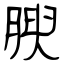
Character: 腴